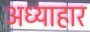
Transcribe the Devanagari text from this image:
अध्याहार